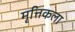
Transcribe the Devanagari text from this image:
मृत्तिकला